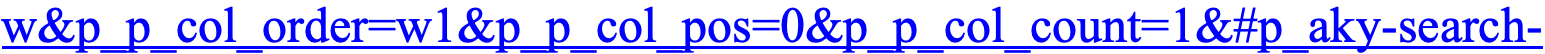
w&p_p_col_order=w1&p_p_col_pos=0&p_p_col_count=1&#p_aky-search-